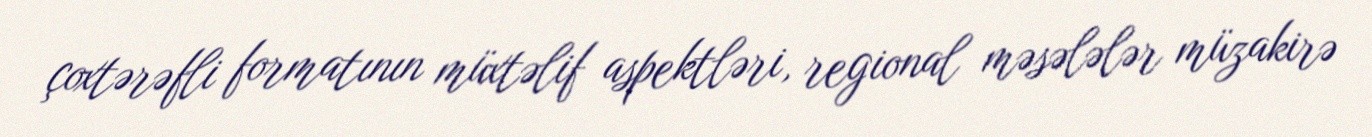
çoxtərəfli formatının müxtəlif aspektləri, regional məsələlər müzakirə